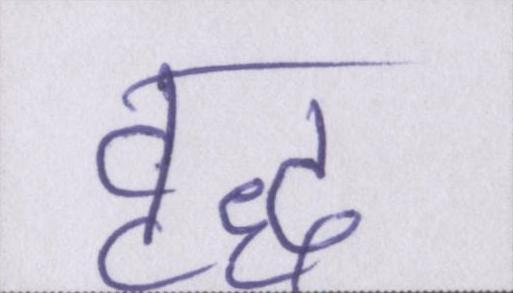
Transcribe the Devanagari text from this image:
वृद्ध